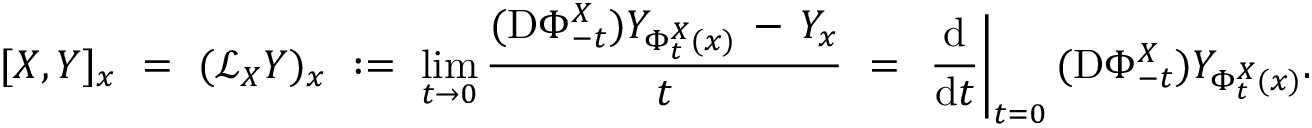
[ X , Y ] _ { x } \ = \ ( { \mathcal { L } } _ { X } Y ) _ { x } \ : = \ \operatorname* { l i m } _ { t \to 0 } { \frac { ( \mathrm { D } \Phi _ { - t } ^ { X } ) Y _ { \Phi _ { t } ^ { X } ( x ) } \, - \, Y _ { x } } { t } } \ = \ \left. { \frac { \mathrm { d } } { \mathrm { d } t } } \right| _ { t = 0 } ( \mathrm { D } \Phi _ { - t } ^ { X } ) Y _ { \Phi _ { t } ^ { X } ( x ) } .